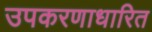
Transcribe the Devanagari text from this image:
उपकरणाधारित